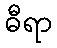
ဓီရာ